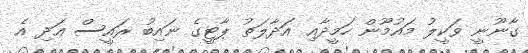
ގާނޫނީ ވަކީލު މައުމޫން ހަމީދާއި އަދާލަތު ޕާޓީގެ ނައިބު ރައީސް އަދި އެ